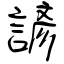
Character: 諺